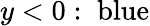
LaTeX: y<0:\; {\mathrm{blue}}